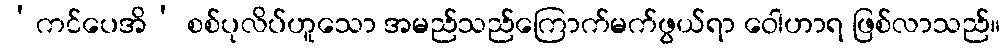
‘ကင်ပေအိ’ စစ်ပုလိပ်ဟူသော အမည်သည်ကြောက်မက်ဖွယ်ရာ ဝေါဟာရ ဖြစ်လာသည်။